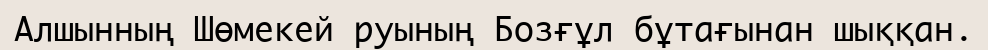
Алшынның Шөмекей руының Бозғұл бұтағынан шыққан.